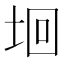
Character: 𡋙